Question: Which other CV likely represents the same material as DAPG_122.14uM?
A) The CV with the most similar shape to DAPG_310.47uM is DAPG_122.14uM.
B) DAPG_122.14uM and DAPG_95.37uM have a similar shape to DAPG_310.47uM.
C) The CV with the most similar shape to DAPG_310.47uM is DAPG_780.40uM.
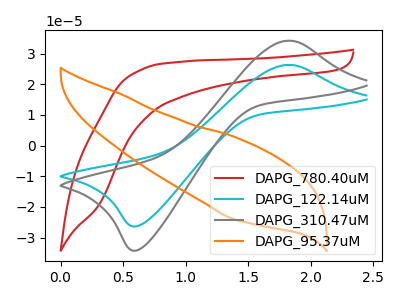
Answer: <think>The red curve "DAPG_780.40uM" has no peaks. The cyan curve "DAPG_122.14uM" has an anodic peak at (1.80V, 26.30uA) and a cathodic peak at (0.60V, -26.30uA). The gray curve "DAPG_310.47uM" has an anodic peak at (1.80V, 34.20uA) and a cathodic peak at (0.60V, -34.20uA). The orange curve "DAPG_95.37uM" has no peaks.
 "DAPG_780.40uM" and "DAPG_122.14uM" have a different number of peaks. "DAPG_780.40uM" and "DAPG_310.47uM" have a different number of peaks. Neither "DAPG_780.40uM" or "DAPG_95.37uM" have any peaks. All the peaks in "DAPG_122.14uM" have a peak in "DAPG_310.47uM" at the same potential. Every peak in "DAPG_122.14uM" is lower than every peak in "DAPG_310.47uM". "DAPG_122.14uM" and "DAPG_95.37uM" have a different number of peaks. "DAPG_310.47uM" and "DAPG_95.37uM" have a different number of peaks.</think>
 <answer>A) The CV with the most similar shape to "DAPG_310.47uM" is "DAPG_122.14uM".</answer>
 <eval>A</eval>